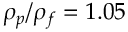
\rho _ { p } / \rho _ { f } = 1 . 0 5